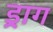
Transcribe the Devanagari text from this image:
ड्राग